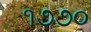
૧૭૭૦